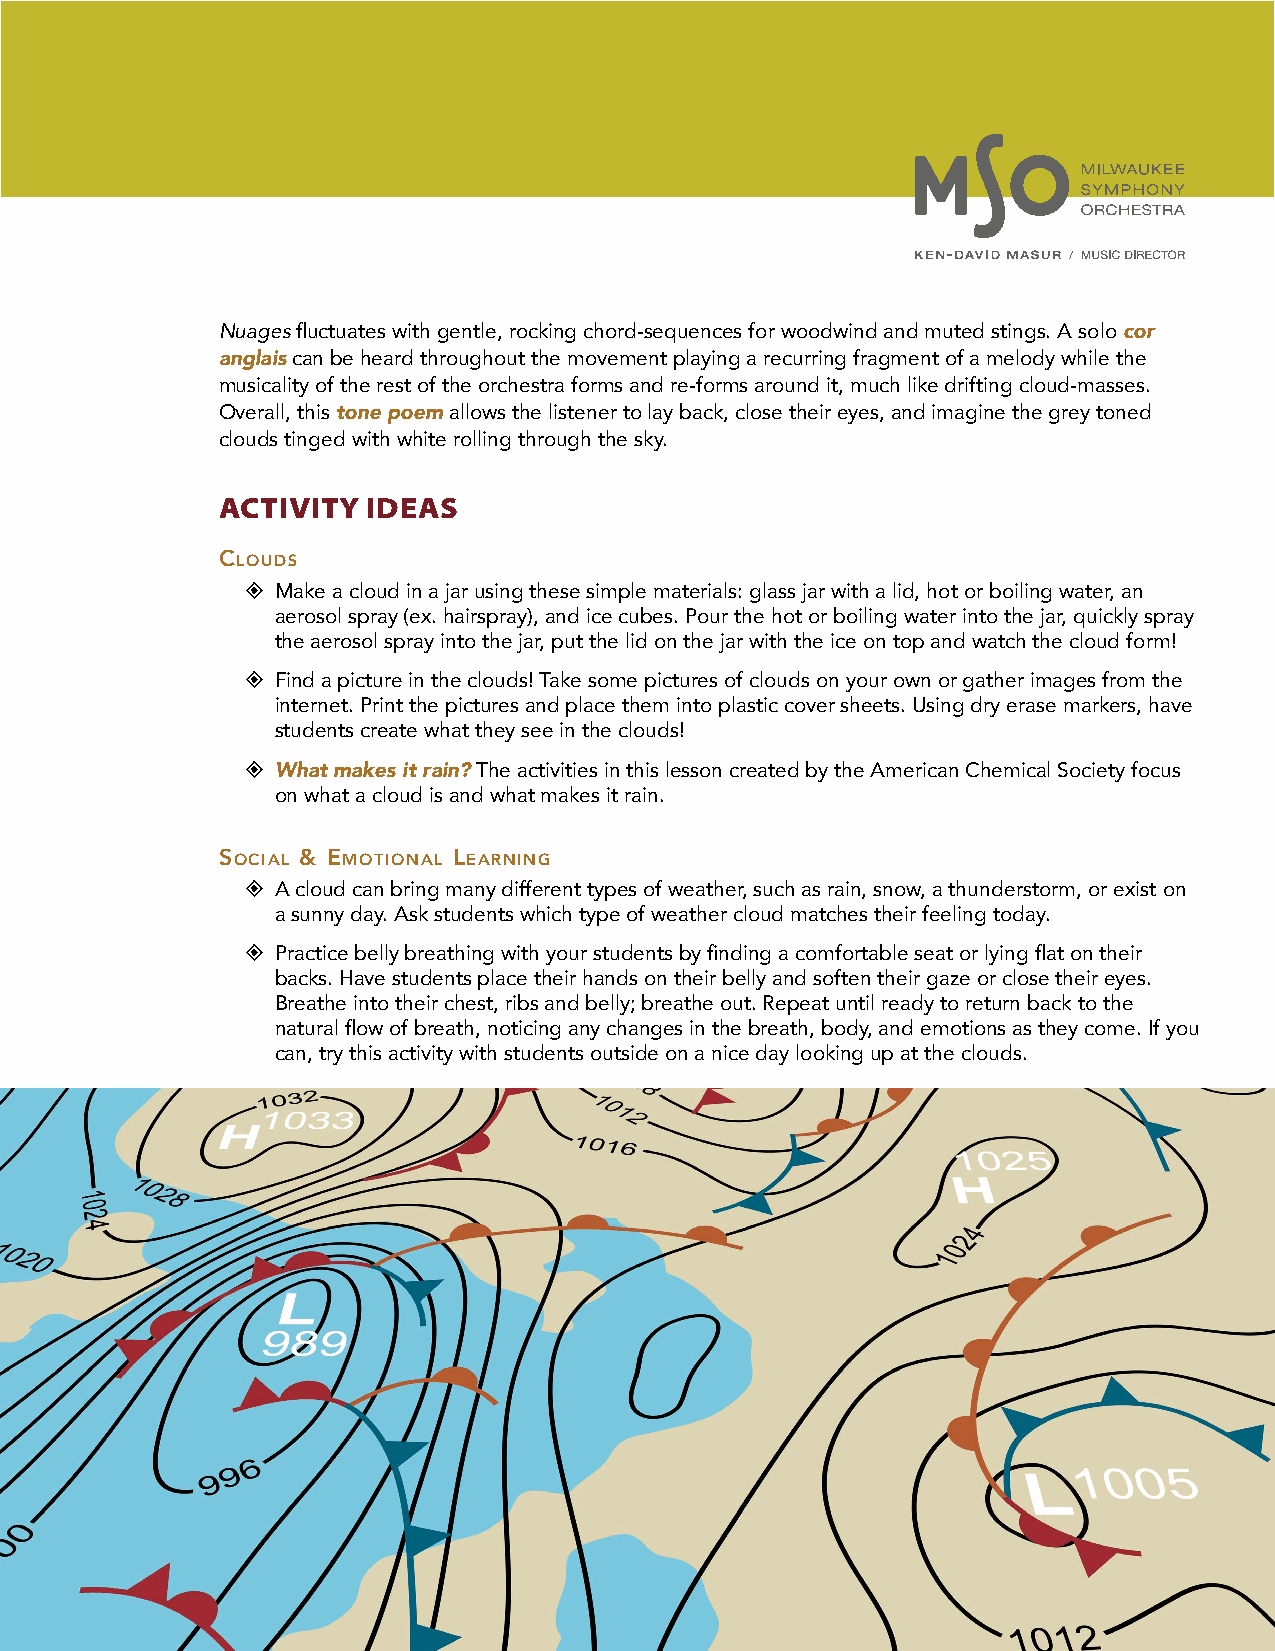
Nuages fluctuates with gentle, rocking chord-sequences for woodwind and muted stings. A solo cor
 anglais can be heard throughout the movement playing a recurring fragment of a melody while the
 musicality of the rest of the orchestra forms and re-forms around it, much like drifting cloud-masses.
 Overall, this tone poem allows the listener to lay back, close their eyes, and imagine the grey toned
 clouds tinged with white rolling through the sky.
 ACTIVITY IDEAS
 clouds
  Make a cloud in a jar using these simple materials: glass jar with a lid, hot or boiling water, an
 aerosol spray (ex. hairspray), and ice cubes. Pour the hot or boiling water into the jar, quickly spray
 the aerosol spray into the jar, put the lid on the jar with the ice on top and watch the cloud form!
  Find a picture in the clouds! Take some pictures of clouds on your own or gather images from the
 internet. Print the pictures and place them into plastic cover sheets. Using dry erase markers, have
 students create what they see in the clouds!
  What makes it rain? The activities in this lesson created by the American Chemical Society focus
 on what a cloud is and what makes it rain.
 social & eMotional learning
  A cloud can bring many different types of weather, such as rain, snow, a thunderstorm, or exist on
 a sunny day. Ask students which type of weather cloud matches their feeling today.
  Practice belly breathing with your students by finding a comfortable seat or lying flat on their
 backs. Have students place their hands on their belly and soften their gaze or close their eyes.
 Breathe into their chest, ribs and belly; breathe out. Repeat until ready to return back to the
 natural flow of breath, noticing any changes in the breath, body, and emotions as they come. If you
 can, try this activity with students outside on a nice day looking up at the clouds.